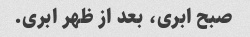
صبح ابری، بعد از ظهر ابری.